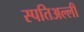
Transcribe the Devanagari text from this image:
स्पतिअल्ली